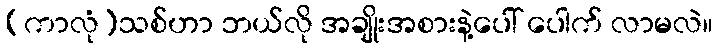
(ကာလုံ)သစ်ဟာ ဘယ်လို အချိုးအစားနဲ့ပေါ် ပေါက် လာမလဲ။